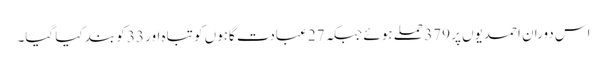
اس دوران احمدیوں پر 379 حملے ہوئے جبکہ 27 عبادت گاہوں کو تباہ اور 33 کو بند کیا گیا۔